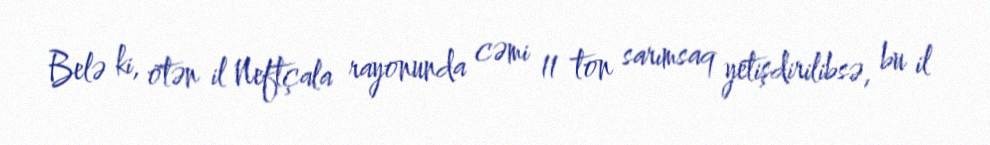
Belə ki, ötən il Neftçala rayonunda cəmi 11 ton sarımsaq yetişdirilibsə, bu il